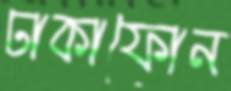
ঢাকাফোন